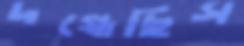
দগ্ধেছিস